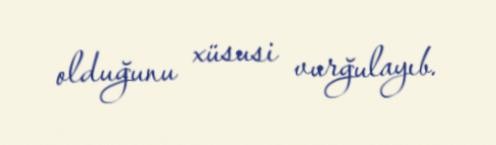
olduğunu xüsusi vurğulayıb.